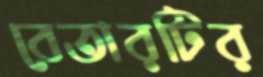
বেতারটির